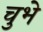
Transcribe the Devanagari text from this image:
चुभे